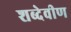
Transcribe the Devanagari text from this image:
शब्देवीण